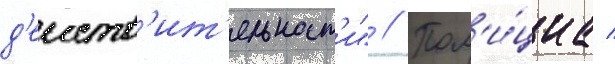
д'еиств'ит'ельност'и" // Пол'и́циа /